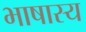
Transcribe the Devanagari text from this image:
भाषास्य